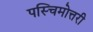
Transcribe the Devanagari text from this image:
पस्चिमोत्तरी